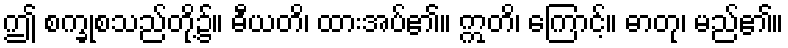
ဤ စက္ခုစသည်တို့၌။ ဓီယတိ၊ ထားအပ်၏။ ဣတိ၊ ကြောင့်။ ဓာတု၊ မည်၏။